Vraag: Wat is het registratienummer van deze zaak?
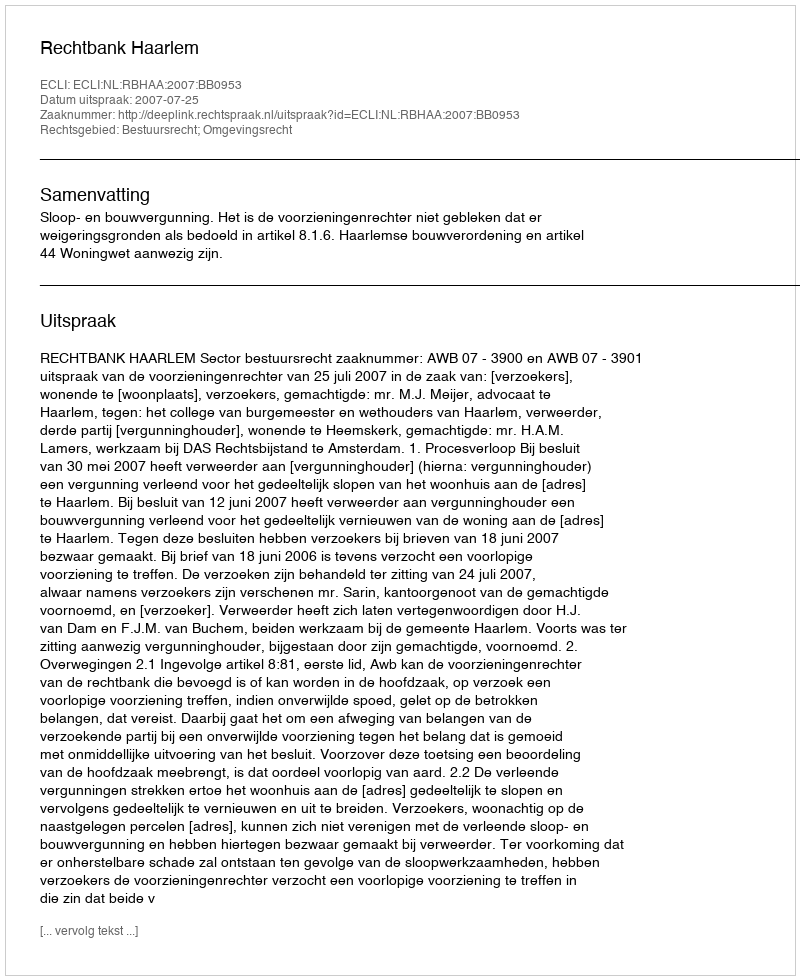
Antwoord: http://deeplink.rechtspraak.nl/uitspraak?id=ECLI:NL:RBHAA:2007:BB0953